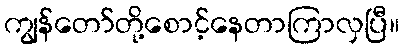
ကျွန်တော်တို့စောင့်နေတာကြာလှပြီ။